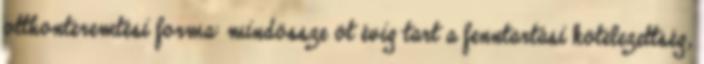
otthonteremtési forma: mindössze öt évig tart a fenntartási kötelezettség,